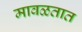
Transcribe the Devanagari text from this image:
मावळतात